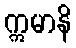
ဣမာနိ